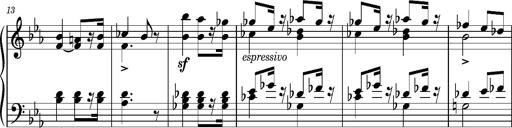
Title: Andantino pour Emile et Charlotte Loudon
Composer: Franz Liszt
Key: E-flat major